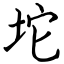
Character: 坨